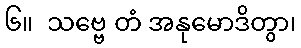
၆။  သဗ္ဗေ တံ အနုမောဒိတွာ၊